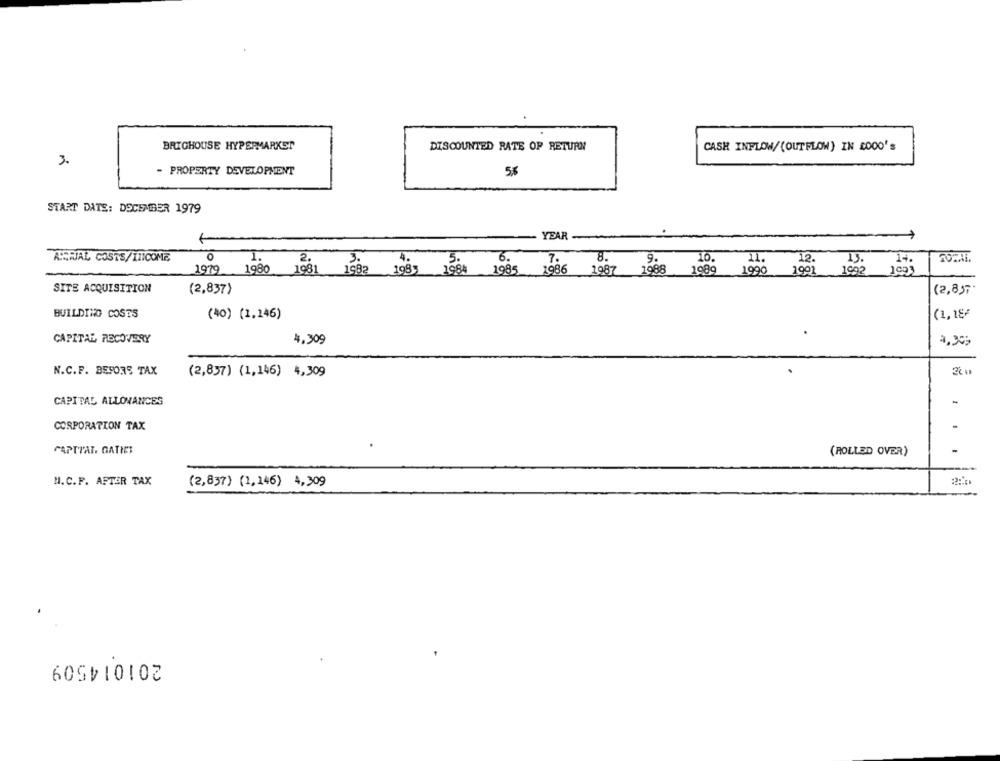
BRIGHOUSE HYPERMARKET
DISCOUNTED RATE OF RETURN
CASH INFLOW/(OUTFLOW) IN 200O'S
3.
- PROPERTY DEVELOPMENT
START DATE: DECEMBER 1979
YEAR
ALSRIAL COSTS/IIICOME
O
I.
4.
6.
7.
8.
9.
10.
11.
12.
13.
2.
3.
14.
1979
1980
1981
1982
1985
1984
1985
1986
1987
1988
1989
1990
1991
1992
1093
(2,837)
SITE ACQUISITION
(2,8).
BUILDING COSTS
(40) (1,246)
(1,18-
CAPITAL RECOVERY
4,309
4,30;
N.C.F. BESORS TAX
(2,857) (1,146) 4,309
CAPITAL ALLOWANCES
-
CORPORATION TAX
.
CAPTIAL. GATHCI
-
(ROLLED OVER)
N. C.F. AFTER TAX
(2,837) (1,146) 4,309
201014509